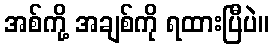
အစ်ကို့ အချစ်ကို ရထားပြီပဲ။